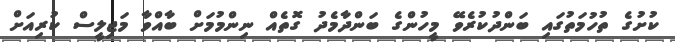
ކުށުގެ ތުހުމަތުގައި ބަންދުކުރެވޭ މީހުންގެ ބަންދާމެދު ގޮތެއް ނިންމުމަށް ބާއްވާ މަޖިލީސް ކުރިއަށް